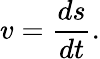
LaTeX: v={\frac{ds}{dt}}.